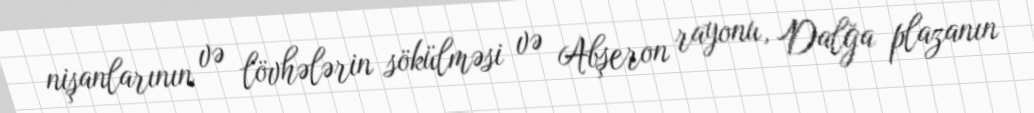
nişanlarının və lövhələrin sökülməsi və Abşeron rayonu, Dalğa plazanın